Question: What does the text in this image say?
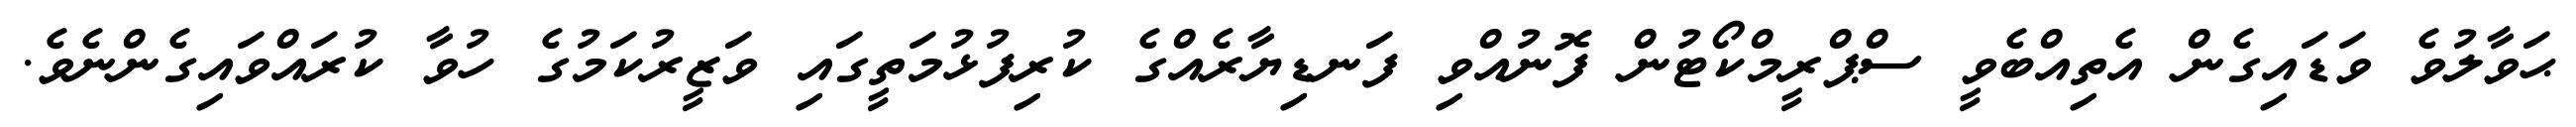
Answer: ޙަވާލުވެ ވަޑައިގެން އެތިއްބެވީ ސްޕްރީމްކޯޓުން ފޮނުއްވި ފަނޑިޔާރެއްގެ ކުރިފުޅުމަތީގައި ވަޒީރުކަމުގެ ހުވާ ކުރައްވައިގެންނެވެ.